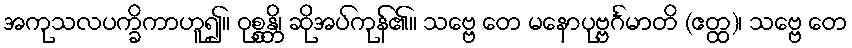
အကုသလပက္ခိကာဟူ၍။ ဝုစ္စန္တိ၊ ဆိုအပ်ကုန်၏။ သဗ္ဗေ တေ မနောပုဗ္ဗင်္ဂမာတိ (ဧတ္ထ)၊ သဗ္ဗေ တေ